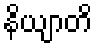
နိယျာတိ